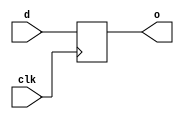
module d_flipflop(input d, clk, output reg o);

always @(posedge clk) begin
	o <= d;
end


endmodule